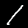
Label: 1